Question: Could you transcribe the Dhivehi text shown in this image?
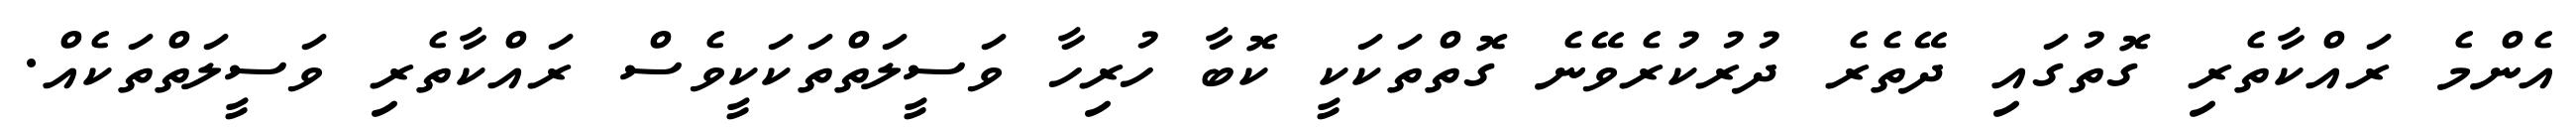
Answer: އެންމެ ރައްކާތެރި ގޮތުގައި ދޭތެރެ ދުރުކުރެވޭނެ ގޮތްތަކަކީ ކޮބާ ހުރިހާ ވަސީލަތްތަކަކީވެސް ރައްކާތެރި ވަސީލަތްތަކެއް.